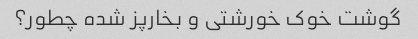
گوشت خوک خورشتی و بخارپز شده چطور؟